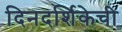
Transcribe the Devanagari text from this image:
दिनदर्शिकेची